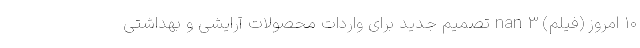
۱۰ امروز (فیلم) nan 3 تصمیم جدید برای واردات محصولات آرایشی و بهداشتی